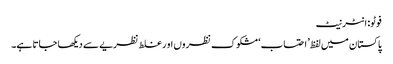
فوٹو: انٹرنیٹ
پاکستان میں لفظ’ احتساب‘ مشکوک نظروں او ر غلط نظریے سے دیکھا جاتا ہے۔